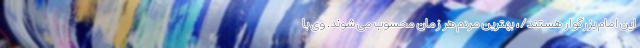
این امام بزرگوار هستند/، بهترین مردم هر زمان محسوب می شوند. وی با